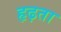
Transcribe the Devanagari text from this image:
हृढ़ता